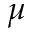
\mu